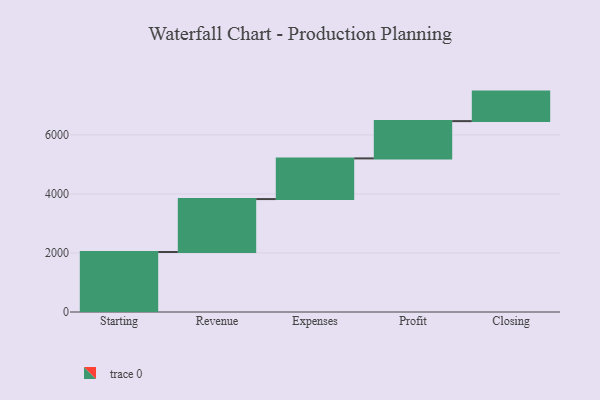
{"axis": {"x": "Step", "y": "Value"}, "legend": [""], "data": [{"x": "Starting", "y": 2033.0, "type": ""}, {"x": "Revenue", "y": 1793.0, "type": ""}, {"x": "Expenses", "y": 1378.0, "type": ""}, {"x": "Profit", "y": 1263.0, "type": ""}, {"x": "Closing", "y": 1000, "type": ""}]}